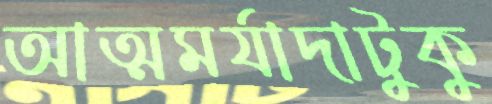
আত্মমর্যাদাটুকু